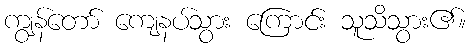
ကျွန်တော် ကျေနပ်သွား ကြောင်း သူသိသွား၏။